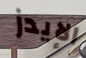
الإيدز